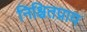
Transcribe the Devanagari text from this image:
निश्चितप्राय